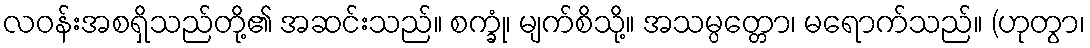
လဝန်းအစရှိသည်တို့၏ အဆင်းသည်။ စက္ခုံ၊ မျက်စိသို့။ အသမ္ပတ္တော၊ မရောက်သည်။ (ဟုတွာ၊